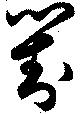
對